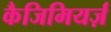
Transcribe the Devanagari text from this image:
कैजिमियर्ज़